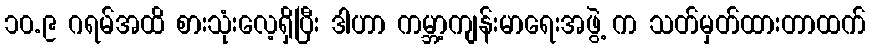
၁၀.၉ ဂရမ်အထိ စားသုံးလေ့ရှိပြီး ဒါဟာ ကမ္ဘာ့ကျန်းမာရေးအဖွဲ့ က သတ်မှတ်ထားတာထက်